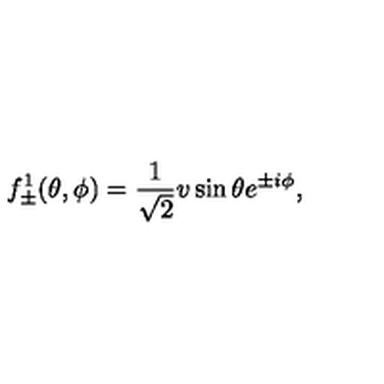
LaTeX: f _ { \pm } ^ { 1 } ( \theta , \phi ) = \frac { 1 } { \sqrt { 2 } } v \sin \theta e ^ { \pm i \phi } ,